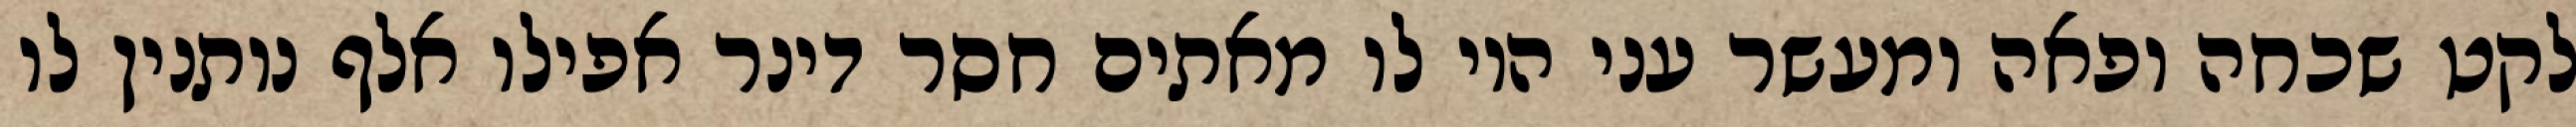
לקט שכחה ופאה ומעשר עני היו לו מאתים חסר דינר אפילו אלף נותנין לו